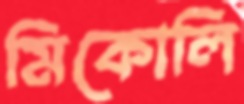
মিকোলি